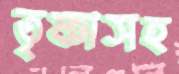
তৃষ্ণাসহ